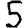
Digit: 5